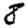
Digit: 8